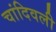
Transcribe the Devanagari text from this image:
चांदिवली